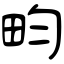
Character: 畇